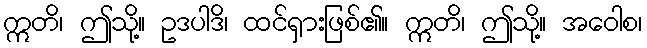
ဣတိ၊ ဤသို့။ ဥဒပါဒိ၊ ထင်ရှားဖြစ်၏။ ဣတိ၊ ဤသို့။ အဝေါစ၊